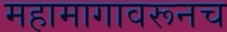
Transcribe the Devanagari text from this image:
महामागावरूनच